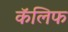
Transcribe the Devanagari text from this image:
कॅलिफ